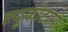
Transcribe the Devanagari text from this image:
ल्यूकोटामी